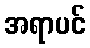
အရာပင်